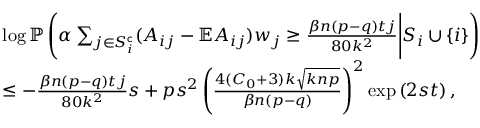
\begin{array} { r l } & { \log \mathbb { P } \left( \alpha \sum _ { j \in S _ { i } ^ { \mathsf { c } } } ( A _ { i j } - \mathbb { E } A _ { i j } ) w _ { j } \geq \frac { \beta n ( p - q ) t j } { 8 0 k ^ { 2 } } \Bigg | S _ { i } \cup \{ i \} \right) } \\ & { \leq - \frac { \beta n ( p - q ) t j } { 8 0 k ^ { 2 } } s + p s ^ { 2 } \left( \frac { 4 ( C _ { 0 } + 3 ) k \sqrt { k n p } } { \beta n ( p - q ) } \right) ^ { 2 } \exp \left( 2 { s } t \right) , } \end{array}